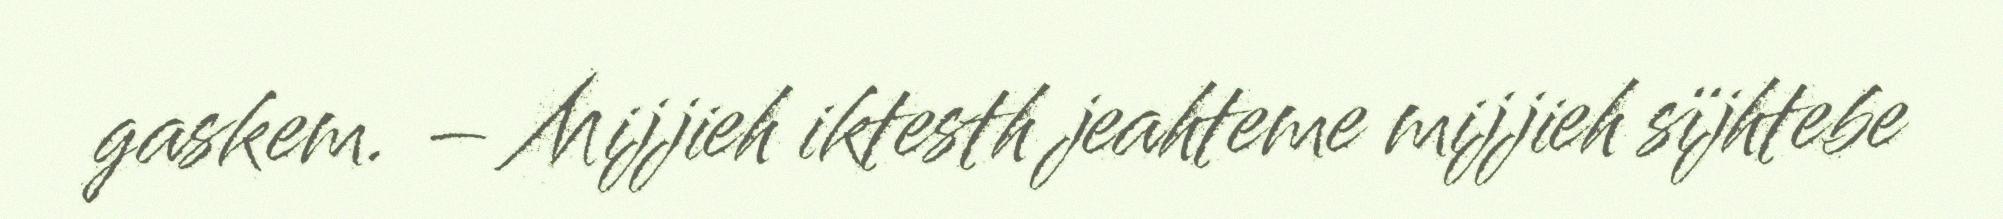
gaskem. – Mijjieh iktesth jeahteme mijjieh sïjhtebe